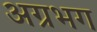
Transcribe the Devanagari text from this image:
अग्रभग